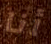
أنا